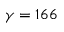
\gamma = 1 6 6